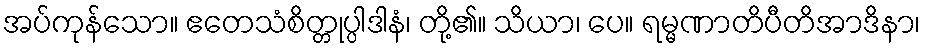
အပ်ကုန်သော။ ဧတေသံစိတ္တုပ္ပါဒါနံ၊ တို့၏။ သိယာ၊ ပေ။ ရမ္မဏာတိပီတိအာဒိနာ၊